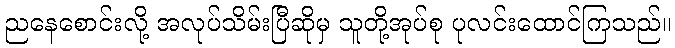
ညနေစောင်းလို့ အလုပ်သိမ်းပြီဆိုမှ သူတို့အုပ်စု ပုလင်းထောင်ကြသည်။